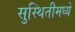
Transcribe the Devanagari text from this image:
सुस्थितीमध्ये